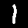
Digit: 1